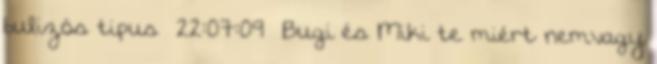
bulizós tipus 22:07:09 Bugi és Miki te miért nemvagy